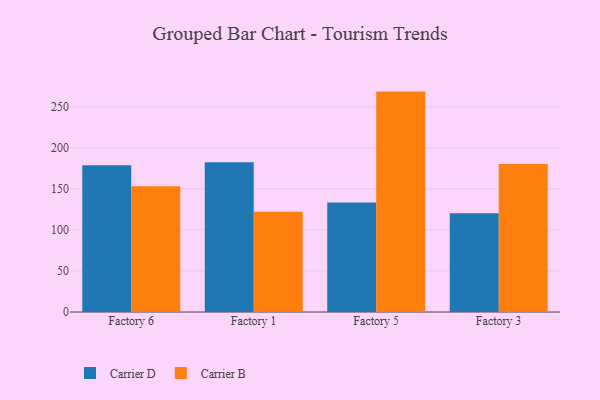
{"axis": {"x": "Factory", "y": "Operating Costs (USD K)"}, "legend": ["Carrier B", "Carrier D"], "data": [{"x": "Factory 6", "y": 178.7, "type": "Carrier D"}, {"x": "Factory 6", "y": 153.3, "type": "Carrier B"}, {"x": "Factory 1", "y": 182.6, "type": "Carrier D"}, {"x": "Factory 1", "y": 122.1, "type": "Carrier B"}, {"x": "Factory 5", "y": 133.4, "type": "Carrier D"}, {"x": "Factory 5", "y": 268.6, "type": "Carrier B"}, {"x": "Factory 3", "y": 120.4, "type": "Carrier D"}, {"x": "Factory 3", "y": 180.4, "type": "Carrier B"}]}